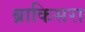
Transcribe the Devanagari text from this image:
ब्राकिसरा